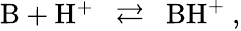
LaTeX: \begin{array}{r}{\mathrm{B+H^{+}~~\rightleftarrows~~BH^{+}\ ,}}\end{array}